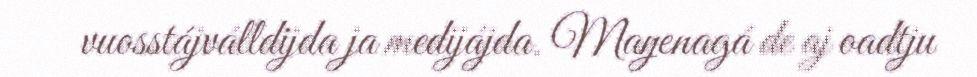
vuosstájválldijda ja medijájda. Maŋenagá de aj oadtju